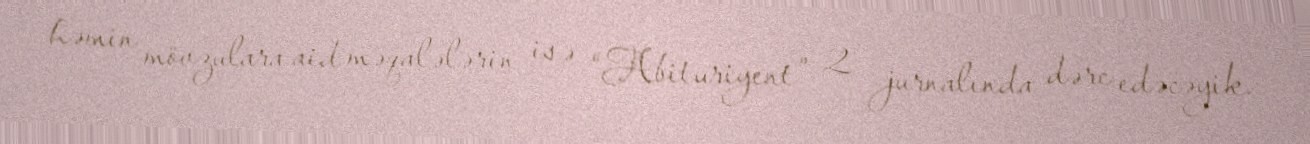
həmin mövzulara aid məqalələrin isə “Abituriyent” 2 jurnalında dərc edəcəyik.